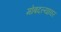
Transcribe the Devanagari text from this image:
मोबदल्यावर